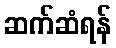
ဆက်ဆံရန်